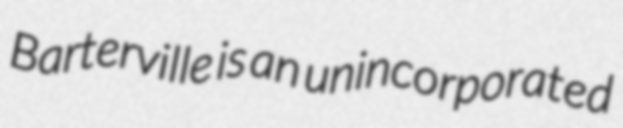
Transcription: Barterville is an unincorporated